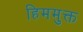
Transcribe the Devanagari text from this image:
हिममुक्त